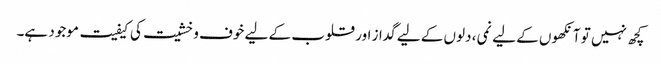
کچھ نہیں تو آنکھوں کے لیے نمی، دلوں کے لیے گداز اور قلوب کے لیے خوف و خشیت کی کیفیت موجود ہے۔